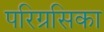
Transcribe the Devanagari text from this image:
परिग्रसिका